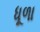
ધૂળા